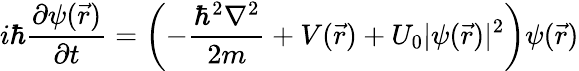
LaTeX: i\hbar{\frac{\partial\psi({\vec{r}})}{\partial t}}=\left(-{\frac{\hbar^{2}\nabla^{2}}{2m}}+V({\vec{r}})+U_{0}|\psi({\vec{r}})|^{2}\right)\psi({\vec{r}})